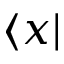
\langle x |